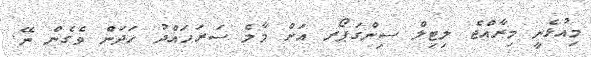
މިއުޅެނީ މިރާއްޖެ ލިޓިލް ސިންގަޕޯރ އަށް މާލެ ސަރަހައްދު ހަދަން ވެގެން ނޭ.